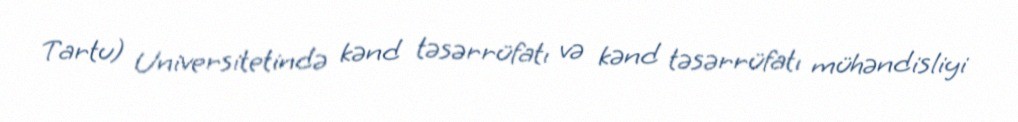
Tartu) Universitetində kənd təsərrüfatı və kənd təsərrüfatı mühəndisliyi